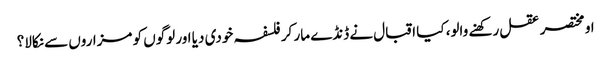
او مختصر عقل رکھنے والو، کیا اقبال نے ڈنڈے مار کر فلسفہ خودی دیا اور لوگوں کو مزاروں سے نکالا؟